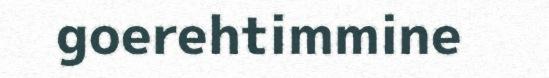
goerehtimmine